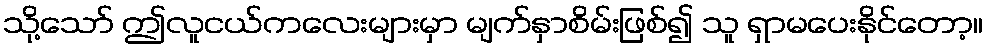
သို့သော် ဤလူငယ်ကလေးများမှာ မျက်နှာစိမ်းဖြစ်၍ သူ ရှာမပေးနိုင်တော့။